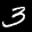
Label: 3